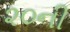
૨૦ની